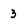
Character: 3